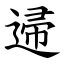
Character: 䢜